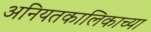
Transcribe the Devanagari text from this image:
अनियतकालिकाच्या